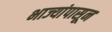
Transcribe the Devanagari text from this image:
भाज्यांपासून